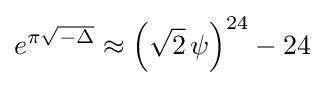
e^{\pi {\sqrt {-\Delta }}}\approx \left({\sqrt {2}}\,\psi \right)^{24}-24